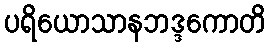
ပရိယောသာနဘဒ္ဒကောတိ